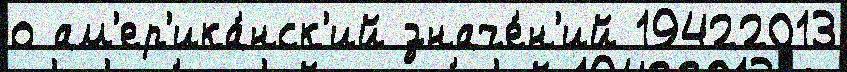
о ам'ер'ика́нск'ий значе́н'ий 19422013